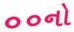
૦૦નો